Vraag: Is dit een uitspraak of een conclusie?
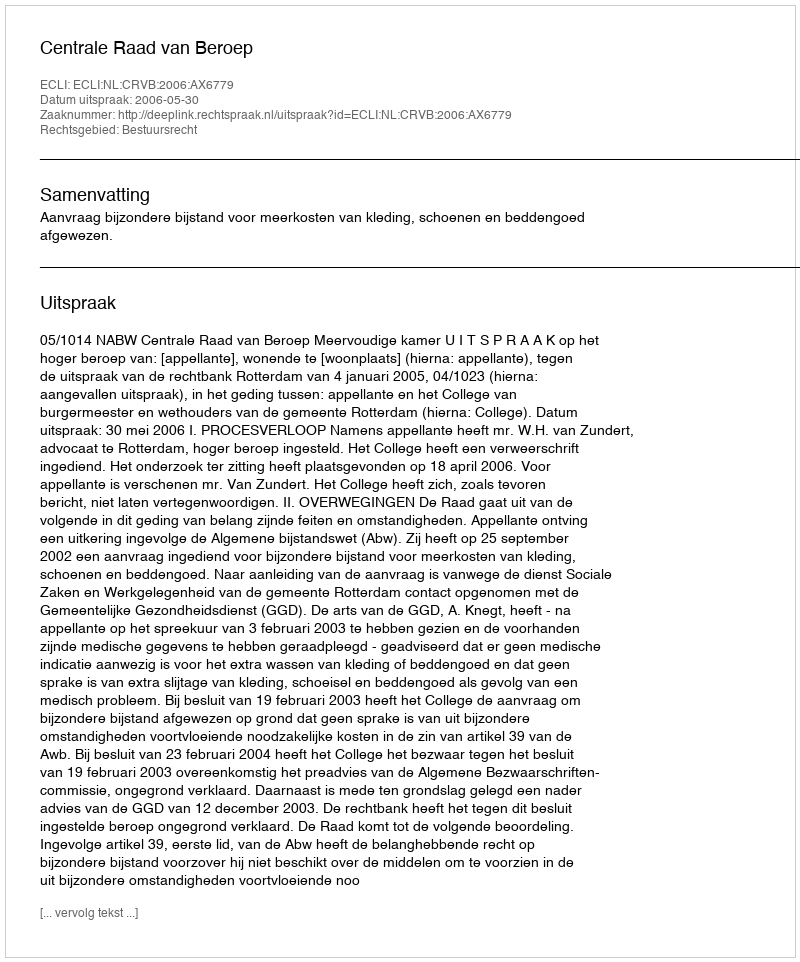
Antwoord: Uitspraak